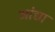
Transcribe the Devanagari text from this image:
आंद्या